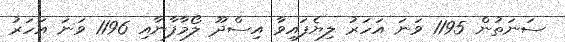
ސަނަތުން 1195 ވަނަ އަހަރު ލިޔެފައިވާ އިސްދޫ ލޯމާފާނާއި 1196 ވަނަ އަހަރު